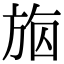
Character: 𣃴